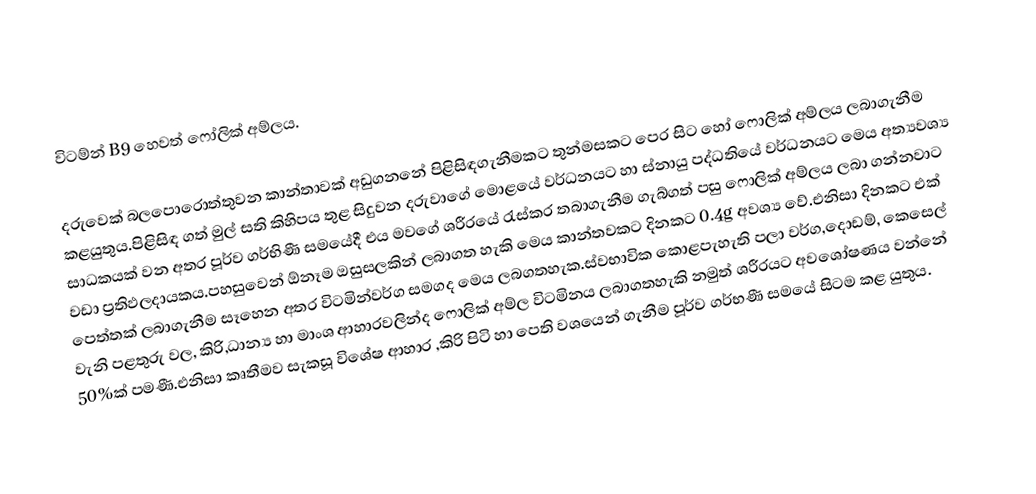
විටම්න් B9 හෙවත් ෆෝලික් අම්ලය.

දරුවෙක් බලපොරොත්තුවන කාන්තාවක් අඩුගනනේ පිළිසිඳගැනීමකට තුන්මසකට පෙර සිට හෝ ෆොලික් අම්ලය ලබාගැනීම කළයුතුය.පිළිසිඳ ගත් මුල් සති කිහිපය තුළ සිදුවන දරුවාගේ මොළයේ වර්ධනයට හා ස්නායු පද්ධතියේ වර්ධනයට මෙය අත්‍යවශ්‍ය සාධකයක් වන අතර පූර්ව ගර්භිණී සමයේදී එය මවගේ ශරීරයේ රැස්කර තබාගැනීම ගැබ්ගත් පසු ෆොලික් අම්ලය ලබා ගන්නවාට වඩා ප්‍රතිඵලදායකය.පහසුවෙන් ඕනෑම ඔසුසලකින් ලබාගත හැකි මෙය කාන්තවකට දිනකට 0.4g අවශ්‍ය වේ.එනිසා දිනකට එක් පෙත්තක් ලබාගැනීම සෑහෙන අතර විටමින්වර්ග සමගද මෙය ලබගතහැක.ස්වභාවික කොළපැහැති පලා වර්ග,දොඩම්, කෙසෙල් වැනි පළතුරු වල, කිරි,ධාන්‍ය හා මාංශ ආහාරවලින්ද ෆොලික් අම්ල විටමිනය ලබාගතහැකි නමුත් ශරීරයට අවශෝෂණය වන්නේ 50%ක් පමණී.එනිසා කෘතීමව සැකසූ විශේෂ ආහාර ,කිරි පිටි හා පෙති වශයෙන් ගැනීම පූර්ව ගර්භණී සමයේ සිටම කළ යුතුය.